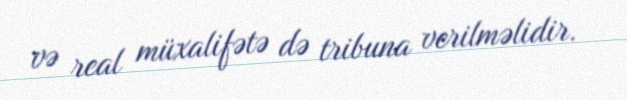
və real müxalifətə də tribuna verilməlidir.